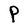
Character: P